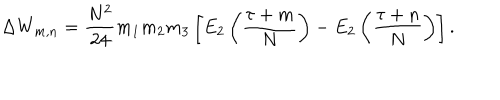
\Delta W _ { m , n } = \frac { N ^ { 2 } } { 2 4 } m _ { 1 } m _ { 2 } m _ { 3 } \left[ E _ { 2 } \left( \frac { \tau + m } { N } \right) - E _ { 2 } \left( \frac { \tau + n } { N } \right) \right] .